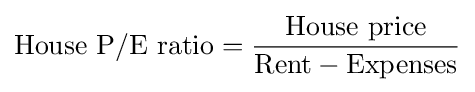
{\mbox{House P/E ratio}}={\frac {\mbox{House price}}{{\mbox{Rent}}-{\mbox{Expenses}}}}